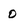
Character: 0